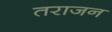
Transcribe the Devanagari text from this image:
तराजन